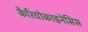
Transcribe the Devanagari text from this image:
कैरियोकाइनेसिस